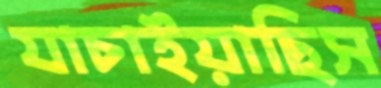
যাচাইয়াছিস